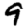
Digit: 9